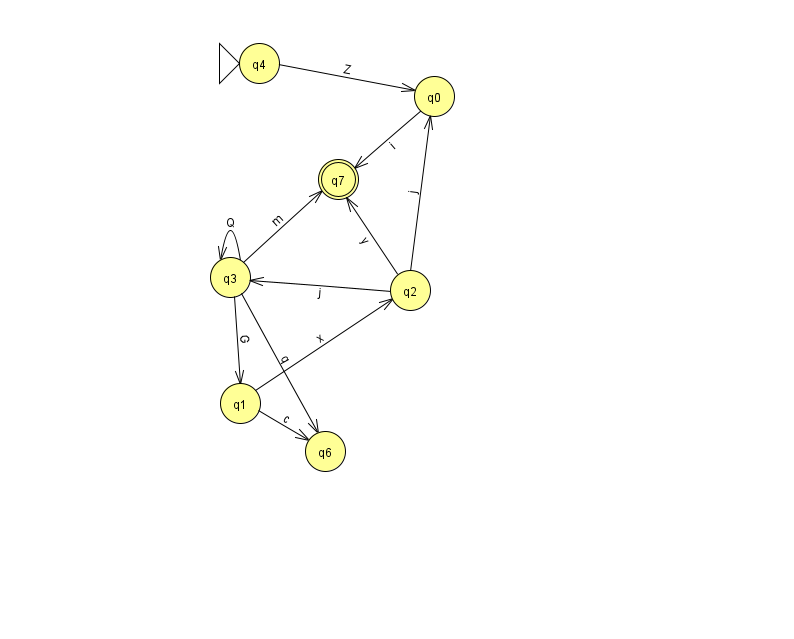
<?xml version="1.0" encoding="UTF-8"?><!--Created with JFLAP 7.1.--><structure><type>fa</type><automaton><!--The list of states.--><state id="0" name="q0"><x>434.0</x><y>83.0</y></state><state id="1" name="q1"><x>240.0</x><y>390.0</y></state><state id="2" name="q2"><x>410.0</x><y>277.0</y></state><state id="3" name="q3"><x>230.0</x><y>264.0</y></state><state id="4" name="q4"><x>259.0</x><y>50.0</y><initial/></state><state id="6" name="q6"><x>325.0</x><y>438.0</y></state><state id="7" name="q7"><x>338.0</x><y>166.0</y><final/></state><!--The list of transitions.--><transition><from>3</from><to>3</to><read>Q</read></transition><transition><from>3</from><to>1</to><read>G</read></transition><transition><from>0</from><to>7</to><read>i</read></transition><transition><from>4</from><to>0</to><read>Z</read></transition><transition><from>1</from><to>6</to><read>c</read></transition><transition><from>3</from><to>6</to><read>q</read></transition><transition><from>1</from><to>2</to><read>x</read></transition><transition><from>2</from><to>0</to><read>j</read></transition><transition><from>2</from><to>3</to><read>j</read></transition><transition><from>3</from><to>7</to><read>m</read></transition><transition><from>2</from><to>7</to><read>y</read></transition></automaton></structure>